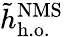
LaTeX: \tilde{h}_{\mathrm{h.o.}}^{\mathrm{NMS}}